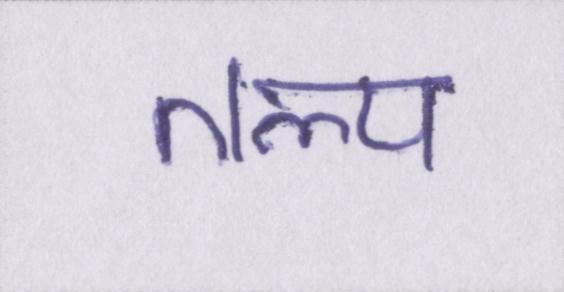
तल्प